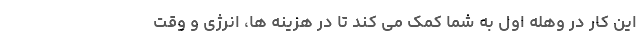
این کار در وهله اول به شما کمک می­ کند تا در هزینه­ ها، انرژی و وقت